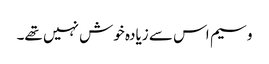
وسیم اس سے زیادہ خوش نہیں تھے۔